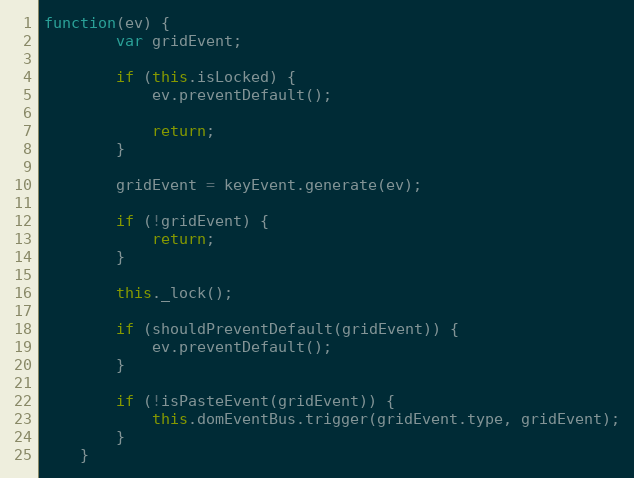
Language: JavaScript
function(ev) {
        var gridEvent;

        if (this.isLocked) {
            ev.preventDefault();

            return;
        }

        gridEvent = keyEvent.generate(ev);

        if (!gridEvent) {
            return;
        }

        this._lock();

        if (shouldPreventDefault(gridEvent)) {
            ev.preventDefault();
        }

        if (!isPasteEvent(gridEvent)) {
            this.domEventBus.trigger(gridEvent.type, gridEvent);
        }
    }